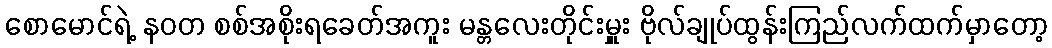
စောမောင်ရဲ့ နဝတ စစ်အစိုးရခေတ်အကူး မန္တလေးတိုင်းမှူး ဗိုလ်ချုပ်ထွန်းကြည်လက်ထက်မှာတော့